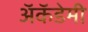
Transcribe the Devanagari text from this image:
अॅकॅडेमी